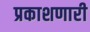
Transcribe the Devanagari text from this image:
प्रकाशणारी